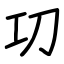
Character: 㓛